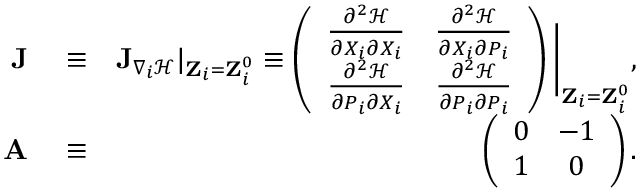
\begin{array} { r l r } { { \bf J } } & { { } \equiv } & { { \bf J } _ { \nabla _ { i } \mathcal { H } } | _ { { \bf Z } _ { i } = { \bf Z } _ { i } ^ { 0 } } \equiv \left( \begin{array} { c c } { \frac { \partial ^ { 2 } \mathcal { H } } { \partial X _ { i } \partial X _ { i } } } & { \frac { \partial ^ { 2 } \mathcal { H } } { \partial X _ { i } \partial P _ { i } } } \\ { \frac { \partial ^ { 2 } \mathcal { H } } { \partial P _ { i } \partial X _ { i } } } & { \frac { \partial ^ { 2 } \mathcal { H } } { \partial P _ { i } \partial P _ { i } } } \end{array} \right) \Bigg \vert _ { { \bf Z } _ { i } = { \bf Z } _ { i } ^ { 0 } } , } \\ { { \bf A } } & { { } \equiv } & { \left( \begin{array} { c c } { 0 } & { - 1 } \\ { 1 } & { 0 } \end{array} \right) . } \end{array}